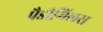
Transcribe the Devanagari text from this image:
पैडीमिलस